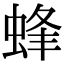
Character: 蜂